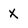
Character: X